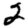
Digit: 2